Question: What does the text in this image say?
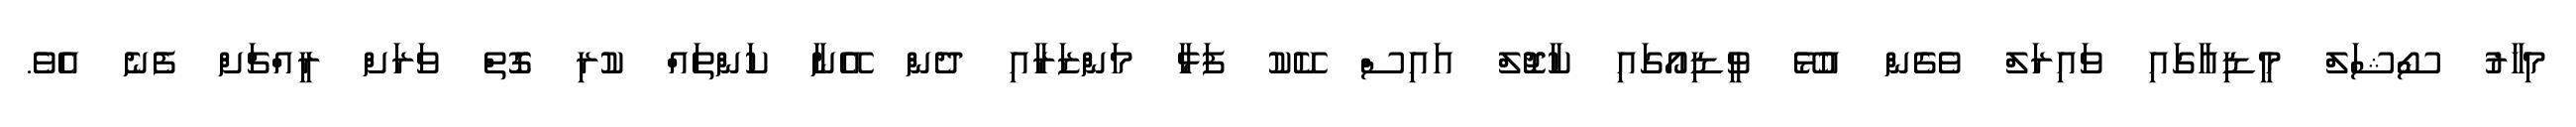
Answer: މިހާރު ސޯޝަލް މީޑިއާގައި ވައިރަލް ވެގެން އުޅޭ ވީޑިއޯގައި ކާޖޮލް އައިސް ކޭކު ފަޅާ މަންޒަރާއި ދެން އޭނާ ކަންތައް ކުރި ގޮތް ވަރަށް ރީއްޗަށް ފެނެ އެވެ.